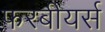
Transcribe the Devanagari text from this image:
फरबीयर्स